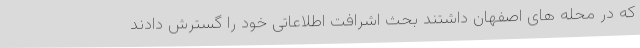
که در محله های اصفهان داشتند بحث اشرافت اطلاعاتی خود را گسترش دادند